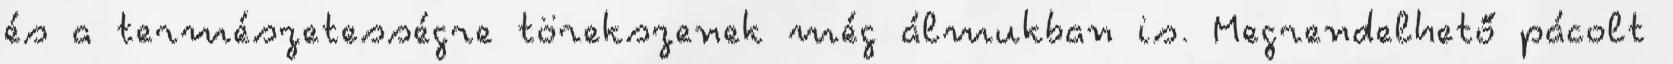
és a természetességre törekszenek még álmukban is. Megrendelhető pácolt